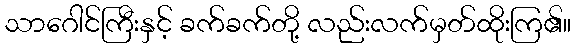
သာဂေါင်ကြီးနှင့် ခက်ခက်တို့ လည်းလက်မှတ်ထိုးကြ၏။